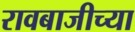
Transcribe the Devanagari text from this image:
रावबाजीच्या